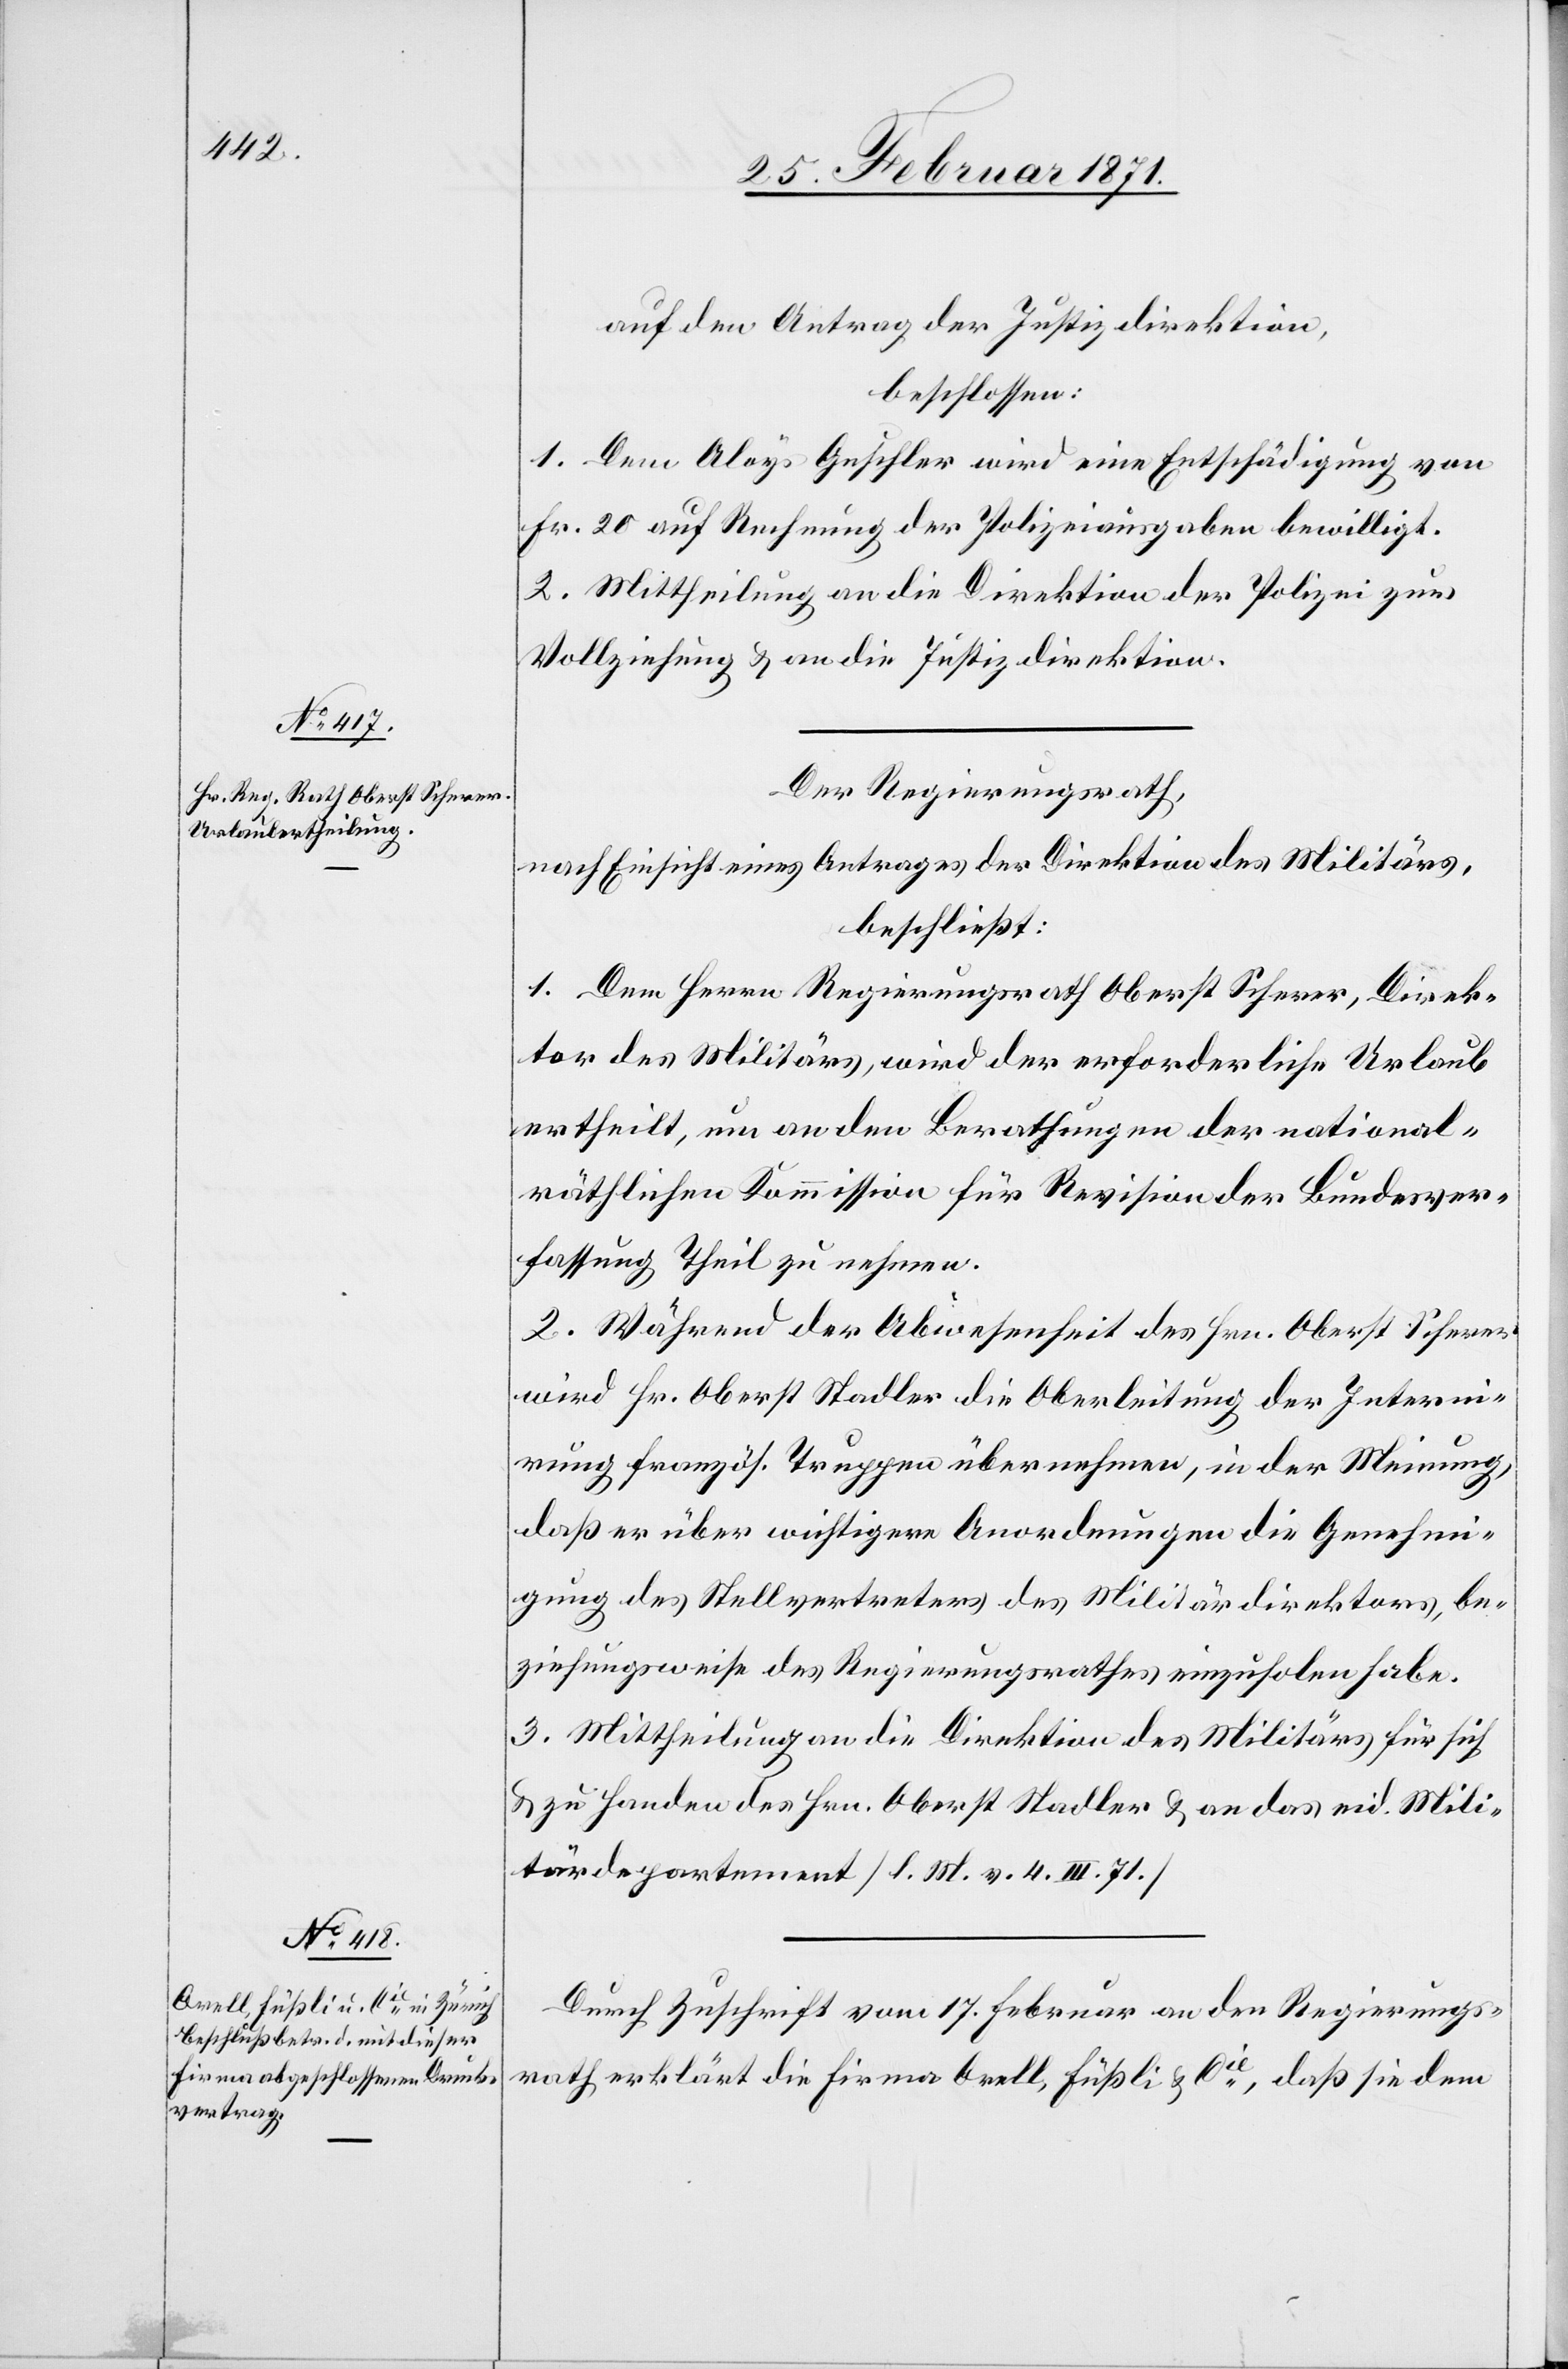
1. Dem Aloys Guschler wird eine Entschädigung von
Fr. 20 auf Rechnung der Polizeiausgaben bewilligt.
2. Mittheilung an die Direktion der Polizei zur
Vollziehung u. an die Justizdirektion.
Der Regierungsrath,
nach Einsicht eines Antrages der Direktion des Militärs,
beschließt:
1. Dem Herrn Regierungsrath Oberst Scherer, Direk¬
tor des Militärs, wird der erforderliche Urlaub
ertheilt, um an den Berathungen der national¬
räthlichen Kommission für Revision der Bundesver¬
fassung Theil zu nehmen.
2. Während der Abwesenheit des Hrn. Oberst Scherer
wird Hr. Oberst Stadler die Oberleitung der Interni¬
rung französ. Truppen übernehmen, in der Meinung,
daß er über wichtigere Anordnungen die Genehmi¬
gung des Stellvertreters des Militärdirektors, be¬
ziehungsweise des Regierungsrathes einzuholen habe.
3. Mittheilung an die Direktion des Militärs für sich
u. zu Handen des Hrn. Oberst Stadler u. an das eid. Mili¬
tärdepartement [l. M. v. 4. III. 71.]
Durch Zuschrift vom 17. Februar an den Regierungs¬
rath erklärt die Firma Orell, Füßli & Cie., daß sie dem